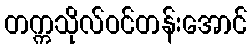
တက္ကသိုလ်ဝင်တန်းအောင်